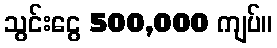
သွင်းငွေ 500,000 ကျပ်။